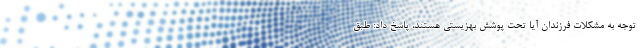
توجه به مشکلات فرزندان آیا تحت پوشش بهزیستی هستند، پاسخ داد: طبق